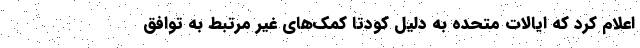
اعلام کرد که ایالات متحده به دلیل کودتا کمک‌های غیر مرتبط به توافق